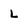
Character: L